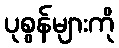
ပုစွန်များကို